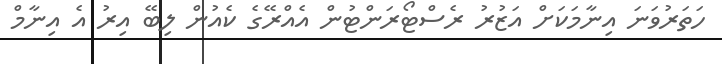
ހަތަރުވަނަ އިނާމަކަށް އަޒުރު ރެސްޓޯރަންޓުން އެއްރޭގެ ކެއުން ލިބޭ އިރު އެ އިނާމް